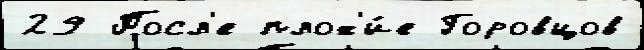
29 Посл'е плох'и́е Горовцов